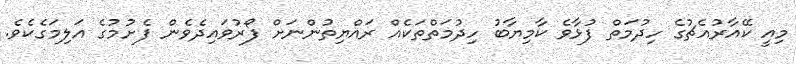
މިއީ ކޭއާރުއެޗުގެ ހިދުމަތް ފުޅާވެ ކާމިޔާބު ހިދުމަތްތަކެއް ރައްޔިތުންނަށް ފޯރުވައިދެވެން ފެށުމުގެ އަލިމަގެކެވެ.